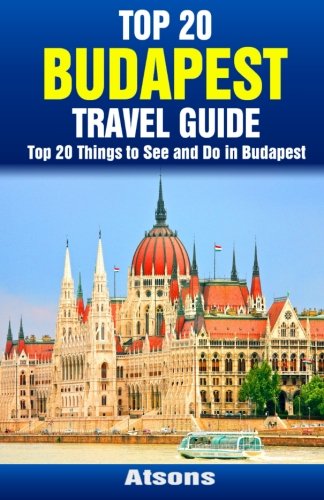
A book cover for Top 20 Things to See and Do in Budapest - Top 20 Budapest Travel Guide; Atsons; Travel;